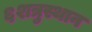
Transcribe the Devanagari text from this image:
६शत्रुस्थान